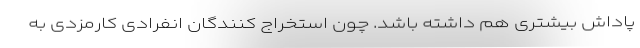
پاداش بیشتری هم داشته باشد. چون استخراج کنندگان انفرادی کارمزدی به